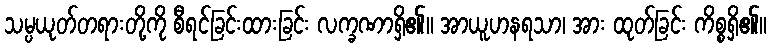
သမ္ပယုတ်တရားတို့ကို စီရင်ခြင်းထားခြင်း လက္ခဏာရှိ၏။ အာယူဟနရသာ၊ အား ထုတ်ခြင်း ကိစ္စရှိ၏။